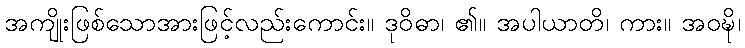
အကျိုးဖြစ်သောအားဖြင့်လည်းကောင်း။ ဒုဝိဓာ၊ ၏။ အပါယာတိ၊ ကား။ အဝဍ္ဎိ၊